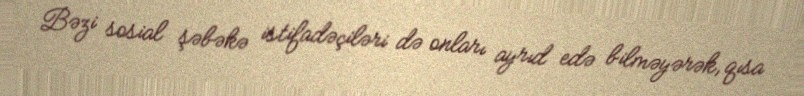
Bəzi sosial şəbəkə istifadəçiləri də onları ayrıd edə bilməyərək, qısa